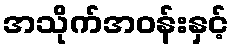
အသိုက်အဝန်းနှင့်